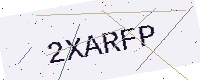
Text: 2XARFP